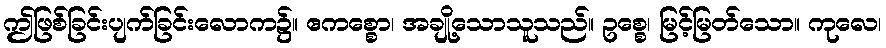
ဤဖြစ်ခြင်းပျက်ခြင်းလောက၌။ ဧကစ္စော၊ အချို့သောသူသည်။ ဥစ္စေ၊ မြင့်မြတ်သော။ ကုလေ၊